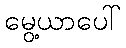
မွေ့ယာပေါ်